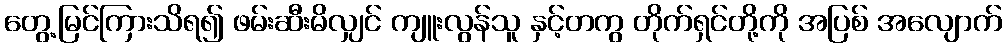
တွေ့မြင်ကြားသိရ၍ ဖမ်းဆီးမိလျှင် ကျူးလွန်သူ နှင့်တကွ တိုက်ရှင်တို့ကို အပြစ် အလျောက်